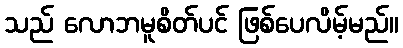
သည် လောဘမူစိတ်ပင် ဖြစ်ပေလိမ့်မည်။